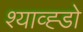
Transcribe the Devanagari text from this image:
श्याव्ह्डो